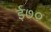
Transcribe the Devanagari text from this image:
ई७०